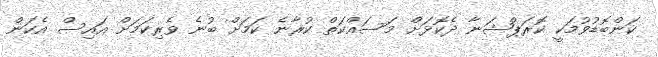
ކަންބޮޑުވުމަކީ ކޮރަޕްޝަނާ ދެކޮޅަށް މަސައްކަތް ކުރާނެ ކަމަށް ބުނެ ވެރިކަމަށް އައިސް އެކަން